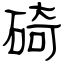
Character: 碕